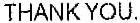
THANK YOU.